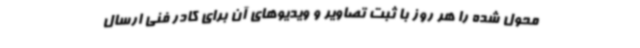
محول شده را هر روز با ثبت تصاویر و ویدیوهای آن برای کادر فنی ارسال